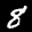
Label: 8